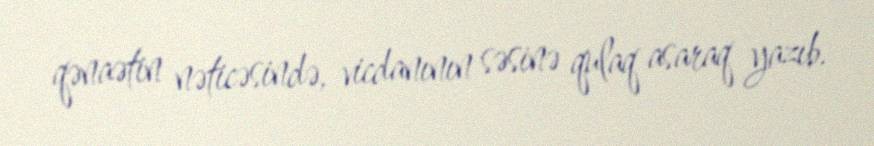
qənaətin nəticəsində, vicdanının səsinə qulaq asaraq yazıb.